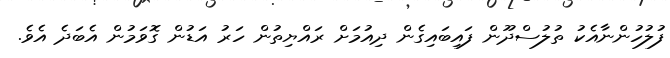
ފުލުހުންނާއެކު ތުލުސްދޫން ފައިބައިގެން ދިއުމަށް ރައްޔިތުން ހަރު އަޑުން ގޮވަމުން އެބަދެ އެވެ.